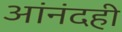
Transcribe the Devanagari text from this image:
आंनंदही